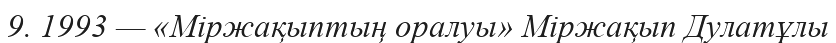
9. 1993 — «Міржақыптың оралуы» Міржақып Дулатұлы